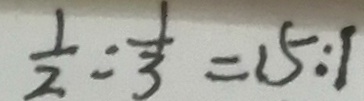
\frac { 1 } { 2 } : \frac { 1 } { 3 } = 1 5 : 1